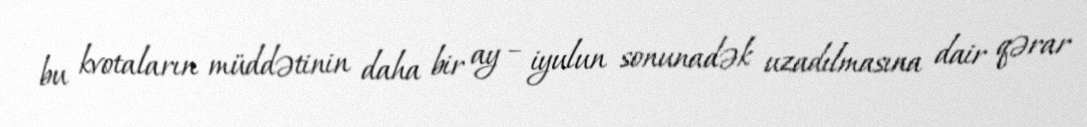
bu kvotaların müddətinin daha bir ay – iyulun sonunadək uzadılmasına dair qərar